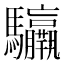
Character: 𩧣